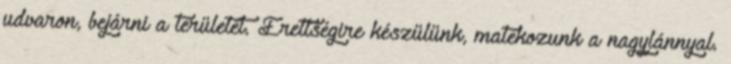
udvaron, bejárni a területét. Érettségire készülünk, matekozunk a nagylánnyal.